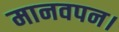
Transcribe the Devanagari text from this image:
मानवपन।